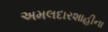
અમલદારશાહીના